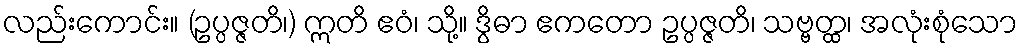
လည်းကောင်း။ (ဥပ္ပဇ္ဇတိ၊) ဣတိ ဧဝံ၊ သို့။ ဒွိဓာ ဧကတော ဥပ္ပဇ္ဇတိ၊ သဗ္ဗတ္ထ၊ အလုံးစုံသော